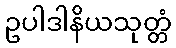
ဥပါဒါနိယသုတ္တံ